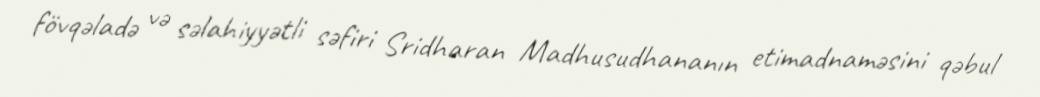
fövqəladə və səlahiyyətli səfiri Sridharan Madhusudhananın etimadnaməsini qəbul